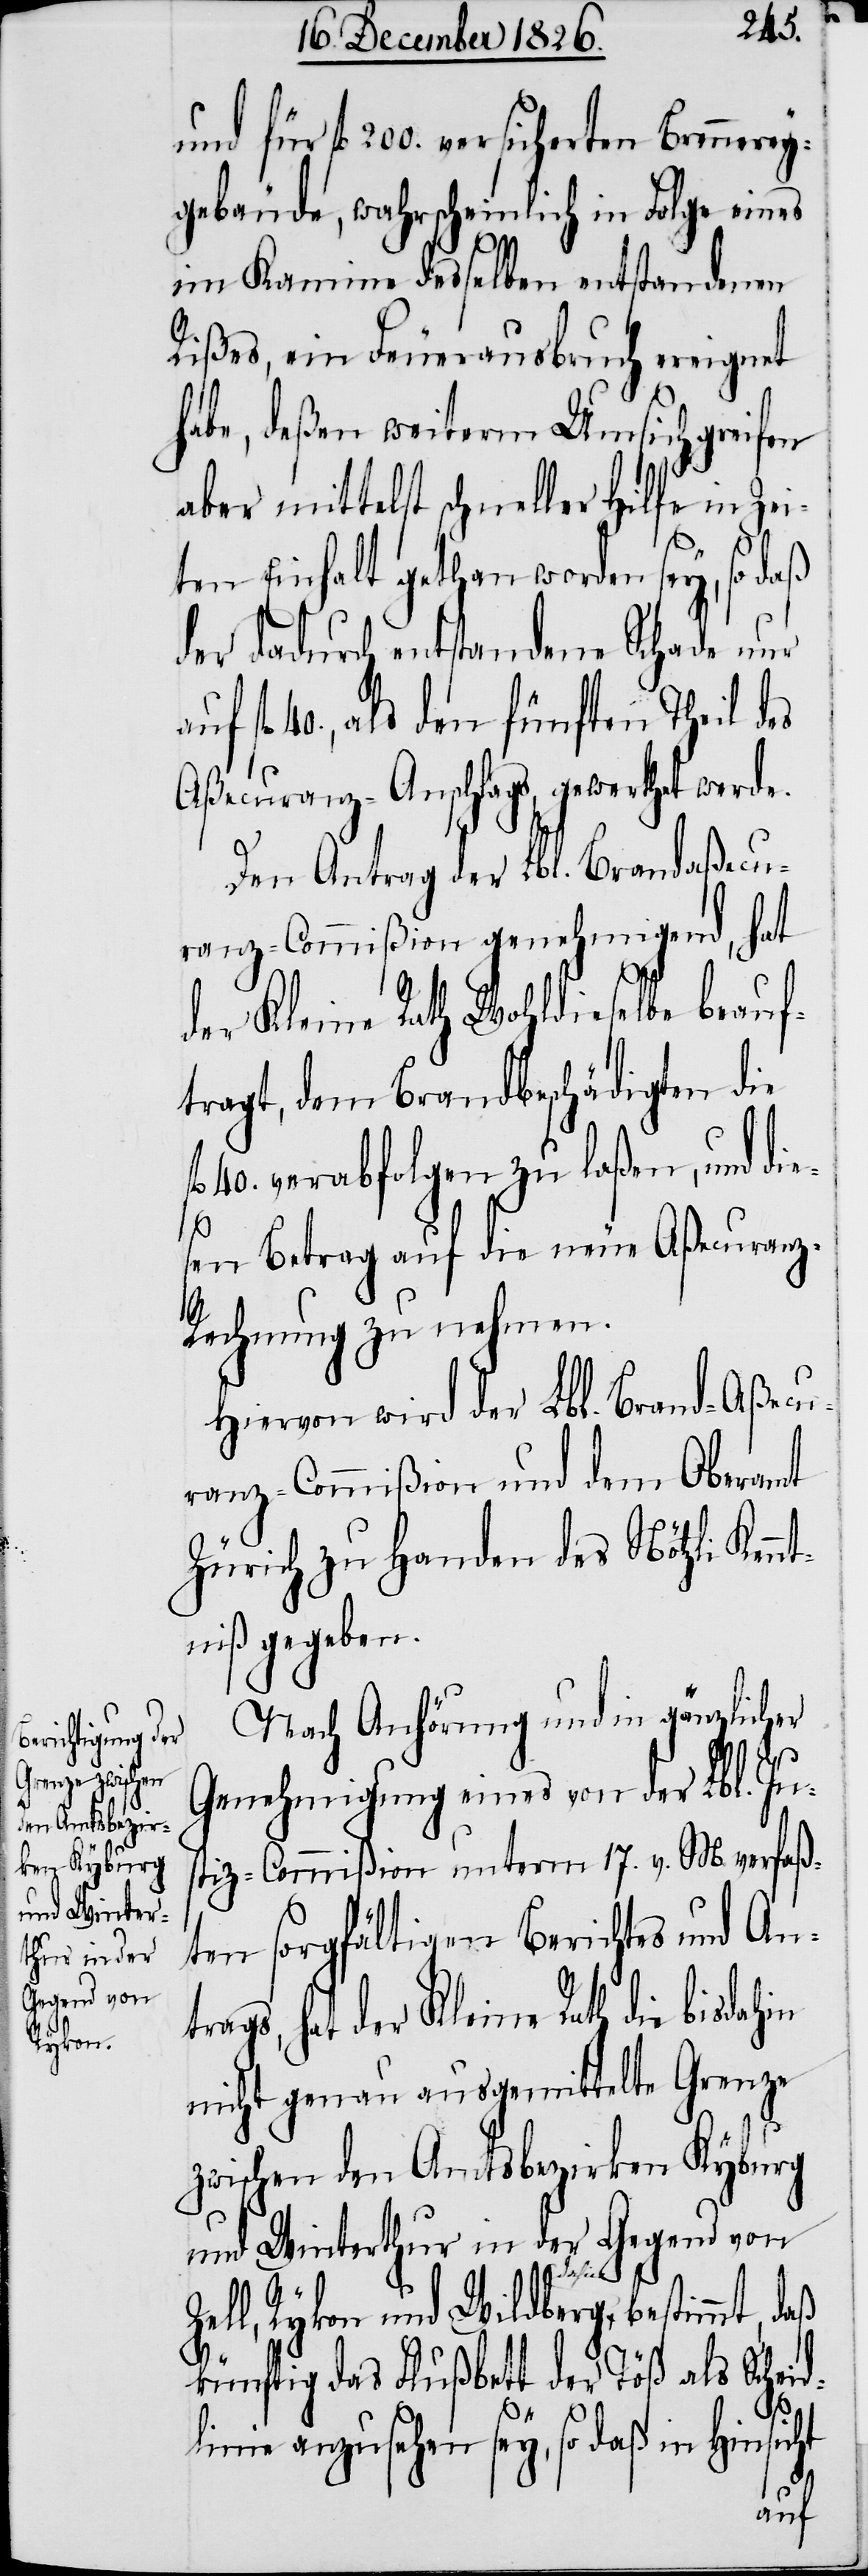
und für fl. 200. versicherten Brennerey¬
gebäude, wahrscheinlich in Folge eines
im Kamine desselben entstandenen
Rißes, ein Feuerausbruch ereignet
habe, deßen weiterm Umsichgreifen
aber mittelst schneller Hilfe in Zei¬
ten Einhalt gethan worden sey, so daß
der dadurch entstandene Schade nur
fl. 40., als den fünften Theil des
Aßecuranz-Anschlags, gewerthet werde.
Den Antrag der Lbl. Brandaßecu¬
ranz-Commißion genehmigend, hat
der Kleine Rath Wohldieselbe beauf¬
tragt, dem Brandbeschädigten die
40. verabfolgen zu laßen, und die¬
sen Betrag auf die neue Aßecuranz-R¬
echnung zu nehmen.
Hiervon wird der Lbl. Brand-Aßecu¬
ranz-Commißion und dem Oberamt
Zürich zu Handen des Nötzli Kennt¬
niß gegeben.
Nach Anhörung und in gänzlicher
Genehmigung eines von der Lbl. Jus¬
tiz-Commißion unterm 17. v. M. verfaß¬
ten sorgfältigen Berichtes und Ant¬
rags, hat der Kleine Rath die bisdahin
nicht genau ausgemittelte Grenze
zwischen den Amtsbezirken Kyburg
und Winterthur in der Gegend von
Zell, Rykon und Wildberg bestimmt, daß
künftig das Flußbett der Töß als Scheid¬
linie anzusehen sey, so daß in Hinsicht
auf